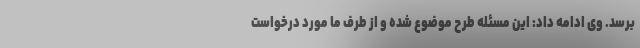
برسد. وی ادامه داد: این مسئله طرح موضوع شده و از طرف ما مورد درخواست